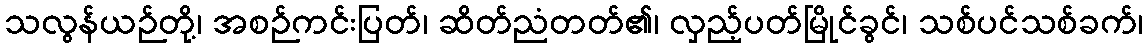
သလွန်ယဉ်တို့၊ အစဉ်ကင်းပြတ်၊ ဆိတ်ညံတတ်၏၊ လှည့်ပတ်မြိုင်ခွင်၊ သစ်ပင်သစ်ခက်၊